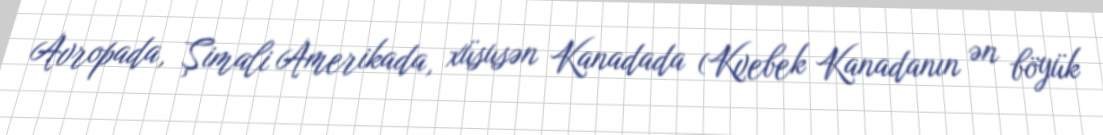
Avropada, Şimali Amerikada, xüsusən Kanadada (Kvebek Kanadanın ən böyük